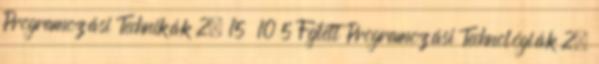
Programozási Technikák 2. 15 10 5 Fejlett Programozási Technológiák 2.